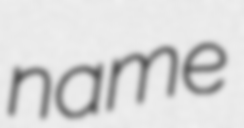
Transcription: name